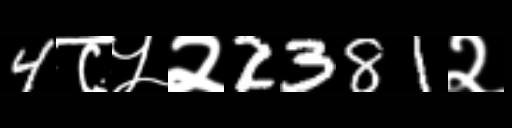
Text: 4८५२2381२